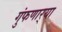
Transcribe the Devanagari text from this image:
गुंफणार्‍या